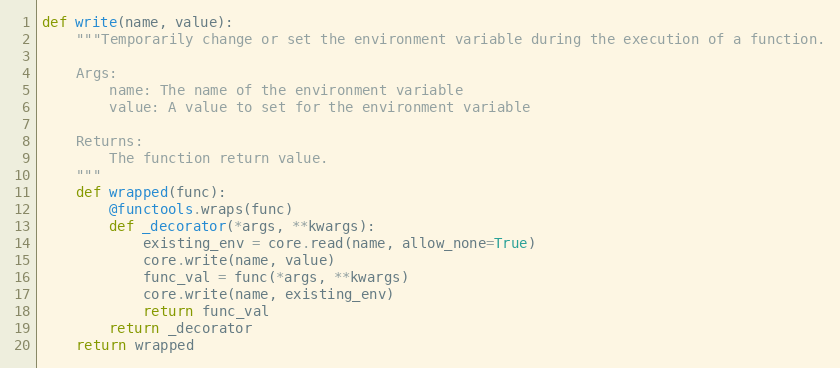
Language: Python
def write(name, value):
    """Temporarily change or set the environment variable during the execution of a function.

    Args:
        name: The name of the environment variable
        value: A value to set for the environment variable

    Returns:
        The function return value.
    """
    def wrapped(func):
        @functools.wraps(func)
        def _decorator(*args, **kwargs):
            existing_env = core.read(name, allow_none=True)
            core.write(name, value)
            func_val = func(*args, **kwargs)
            core.write(name, existing_env)
            return func_val
        return _decorator
    return wrapped